DOW-UAP-D74, Mission Report, Syria, November 2023
Agency: Department of War
Incident date: 11/9/23
Incident location: Syria
Page 4
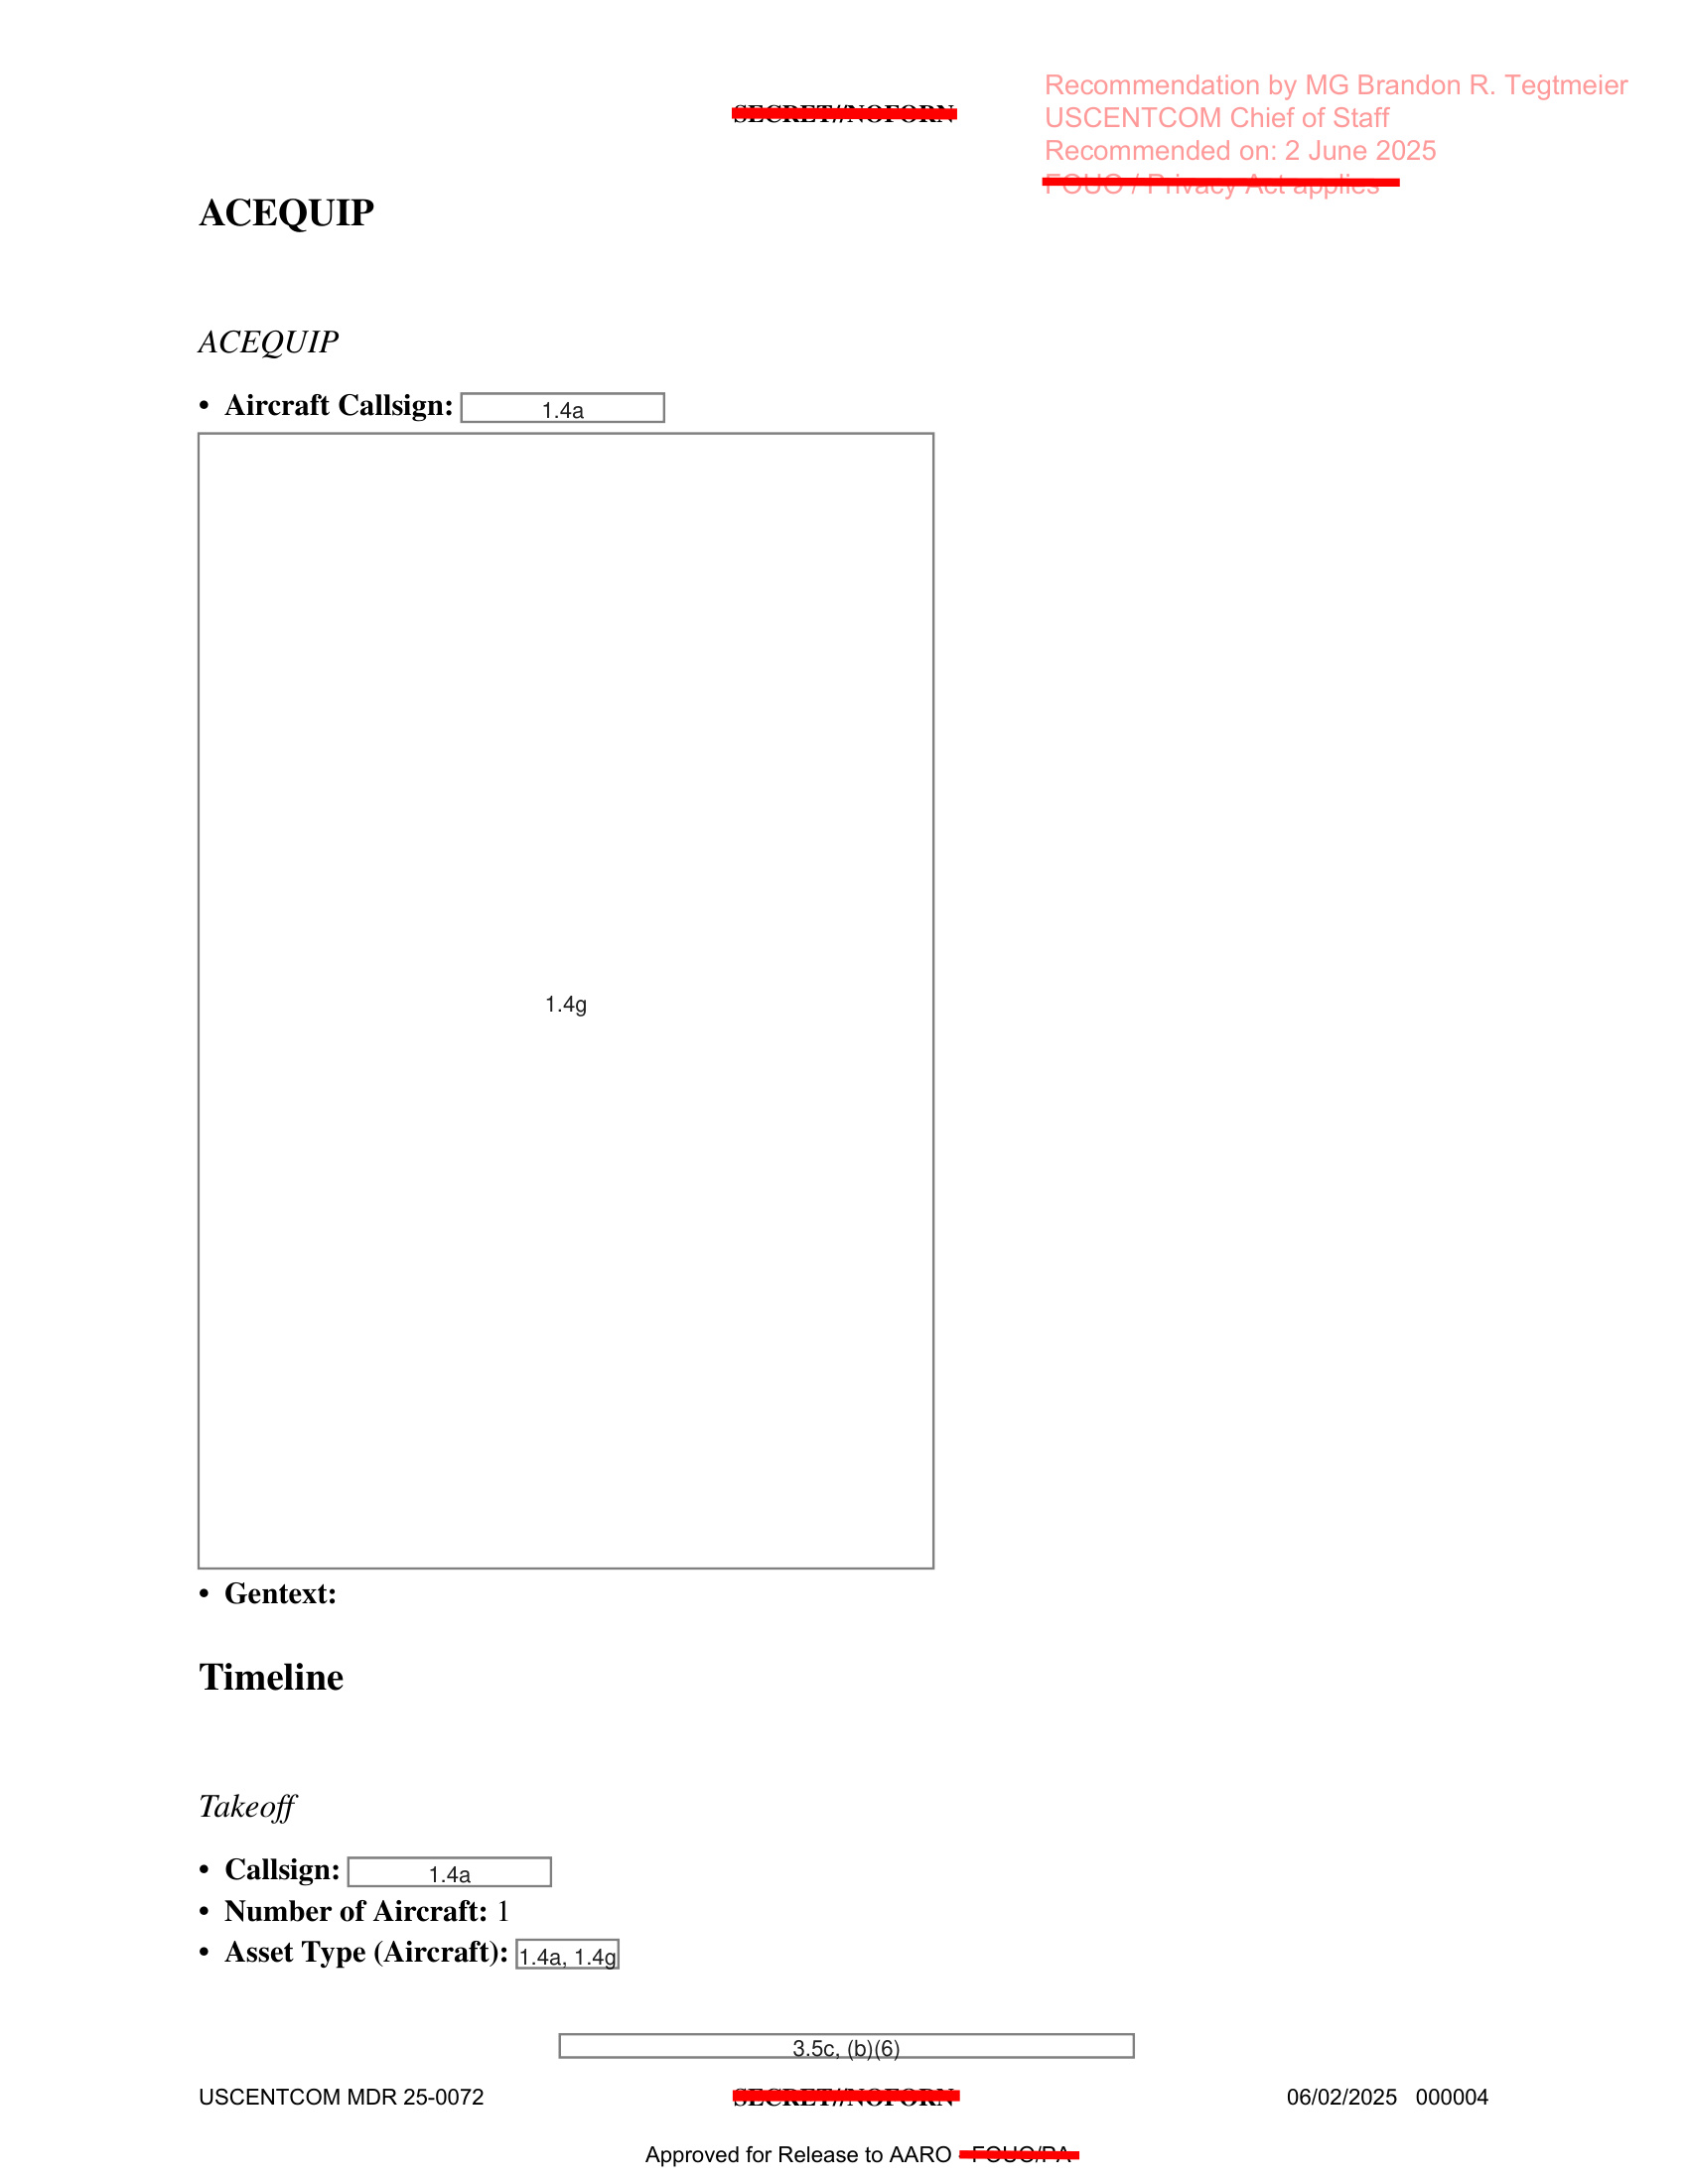